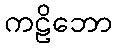
ကဠိဘော